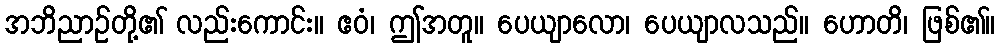
အဘိညာဉ်တို့၏ လည်းကောင်း။ ဧဝံ၊ ဤအတူ။ ပေယျာလော၊ ပေယျာလသည်။ ဟောတိ၊ ဖြစ်၏။